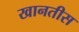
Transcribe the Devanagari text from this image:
खानतीस